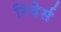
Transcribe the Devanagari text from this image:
रिवेर्स